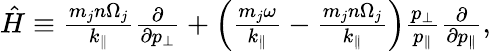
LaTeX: \begin{array}{r}{\hat{H}\equiv\frac{m_{j}n\Omega_{j}}{k_{\parallel}}\frac{\partial}{\partial p_{\perp}}+\left(\frac{m_{j}\omega}{k_{\parallel}}-\frac{m_{j}n\Omega_{j}}{k_{\parallel}}\right)\frac{p_{\perp}}{p_{\parallel}}\frac{\partial}{\partial p_{\parallel}},}\end{array}